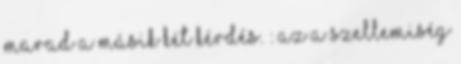
marad a másik két kérdés. : Az a szellemiség